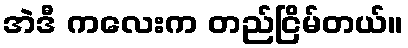
အဲဒီ ကလေးက တည်ငြိမ်တယ်။